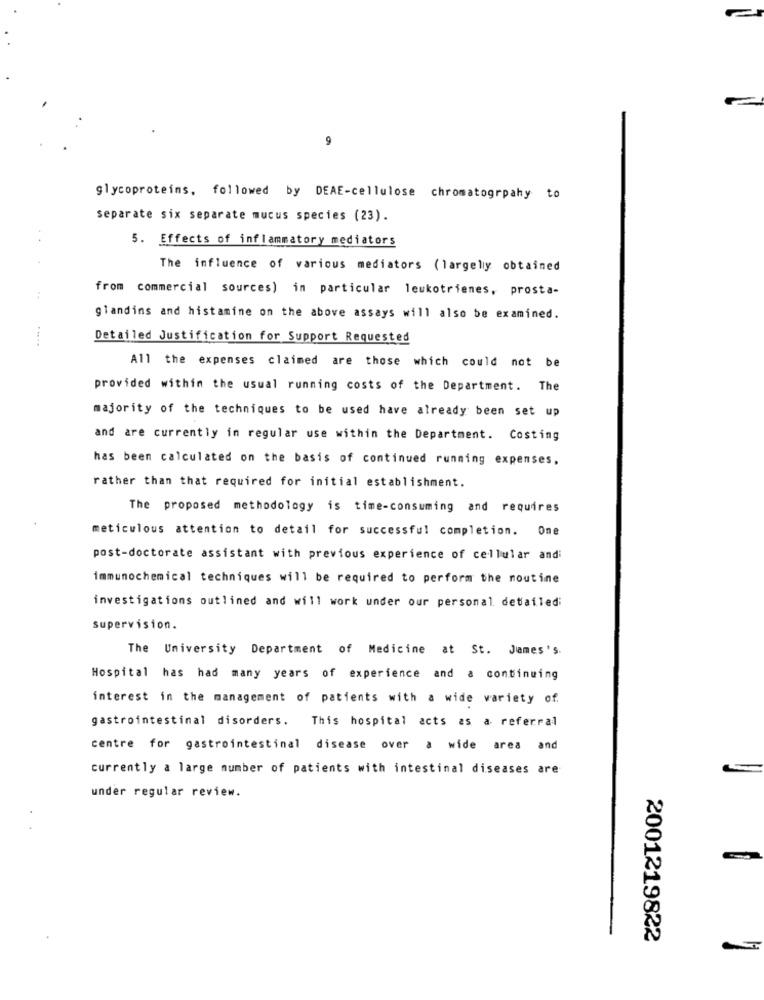
9
glycoproteins, followed by DEAE-cellulose chromatogrpahy to
separate six separate mucus species (23).
5. Effects of inflammatory mediators
The influence of various mediators ( largely obtained
from commercial sources) in particular leukotrienes, prosta-
glandins and histamine on the above assays will also be examined.
Detailed Justification for Support Requested
All the expenses claimed are those which could not be
provided within the usual running costs of the Department. The
majority of the techniques to be used have already been set up
and are currently in regular use within the Department. Costing
has been calculated on the basis of continued running expenses,
rather than that required for initial establishment.
The proposed methodology is time-consuming and requires
meticulous attention to detail for successful completion. One
post-doctorate assistant with previous experience of cellular andi
immunochemical techniques will be required to perform the noutine
investigations outlined and will work under our personal. detailed;
Supervision.
The University Department of Medicine at St. James's.
Hospital has had many years of experience and a continuing
interest in the management of patients with a wide variety of.
gastrointestinal disorders. This hospital acts as a referral
centre for gastrointestinal disease over a wide area and
currently a large number of patients with intestinal diseases are
under regular review.
2001219822